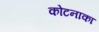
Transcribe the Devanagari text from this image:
कोटनाका